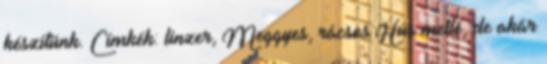
készítünk. Címkék: linzer, Meggyes, rácsos Hús mellé, de akár